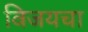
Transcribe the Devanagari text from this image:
विजयचा